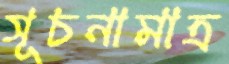
সূচনামাত্র